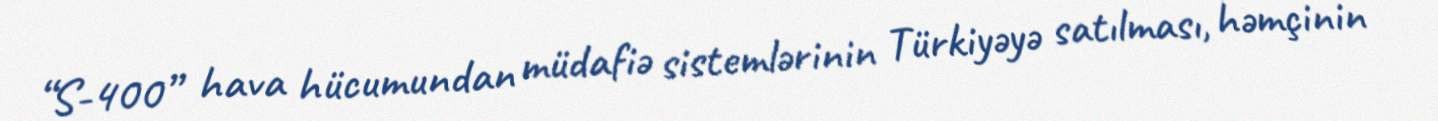
“S-400” hava hücumundan müdafiə sistemlərinin Türkiyəyə satılması, həmçinin